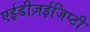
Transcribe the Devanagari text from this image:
एईडीज़ईजिप्टी